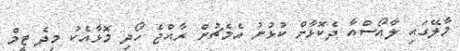
މާލޭގައި ލާއޯސްއާ ދެކޮޅާށް ކުޅުނު އެމެޗުން ރާއްޖެ ހޯދި މޮޅާއެކު މިދެ ޓީމް